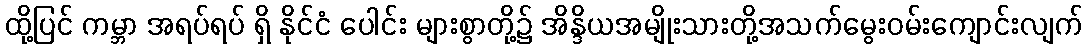
ထို့ပြင် ကမ္ဘာ အရပ်ရပ် ရှိ နိုင်ငံ ပေါင်း များစွာတို့၌ အိန္ဒိယအမျိုးသားတို့အသက်မွေးဝမ်းကျောင်းလျက်